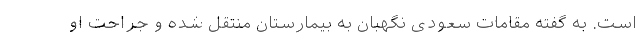
است. به گفته مقامات سعودی نگهبان به بیمارستان منتقل شده و جراحت او